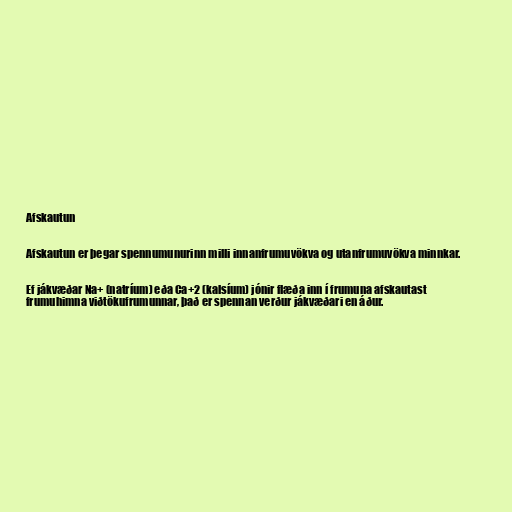
Afskautun

Afskautun er þegar spennumunurinn milli innanfrumuvökva og utanfrumuvökva minnkar.

Ef jákvæðar Na+ (natríum) eða Ca+2 (kalsíum) jónir flæða inn í frumuna afskautast
frumuhimna viðtökufrumunnar, það er spennan verður jákvæðari en áður.